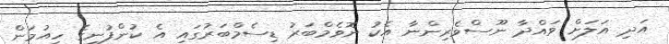
އަދި އަލަށް ވައްދާ ނޫސްވެރިންނާ އެކު ނޮވެމްބަރު ޑިސެމްބަރުގައި އެ ކުންފުނީގެ ހިއުމަން